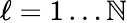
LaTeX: \ell=1\ldots\mathbb{N}